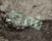
شرط